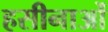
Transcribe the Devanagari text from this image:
हसीनाओं